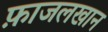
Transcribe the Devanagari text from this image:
फ़ाजलखान